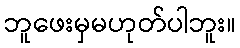
ဘူဖေးမှမဟုတ်ပါဘူး။